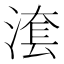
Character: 𣺮